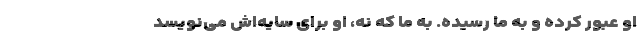
او عبور کرده و به ما رسیده. به ما که نه، او برای سایه‌اش می‌نویسد